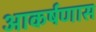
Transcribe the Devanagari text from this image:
आकर्षणास